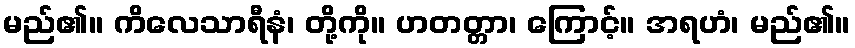
မည်၏။ ကိလေသာရီနံ၊ တို့ကို။ ဟတတ္တာ၊ ကြောင့်။ အရဟံ၊ မည်၏။